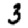
Digit: 3